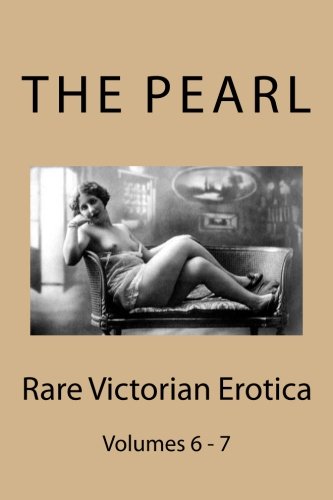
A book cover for The Pearl - Rare Victorian Erotica: Volumes 6 & 7: Erotic Tales, Rhymes, Songs and Parodies; William Lazenby; Romance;